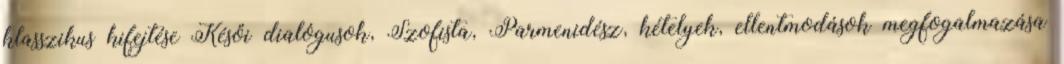
klasszikus kifejtése Késői dialógusok, Szofista, Parmenidész, kételyek, ellentmodások megfogalmazása